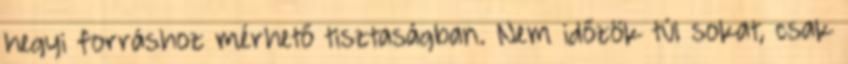
hegyi forráshoz mérhető tisztaságban. Nem időzök túl sokat, csak